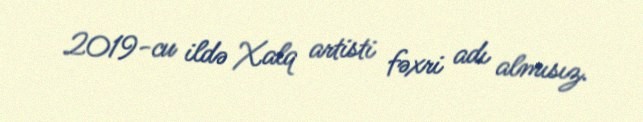
2019-cu ildə Xalq artisti fəxri adı almısız.